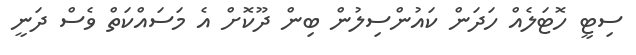
ސިޓީ ހޮޓަލެއް ހަދަން ކައުންސިލުން ބިން ދޫކޮށް އެ މަސައްކަތް ވެސް ދަނީ